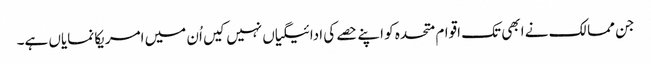
جن ممالک نے ابھی تک اقوام متحدہ کو اپنے حصے کی ادائیگیاں نہیں کیں اُن میں امریکا نمایاں ہے۔